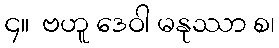
၄။  ဗဟူ ဒေဝါ မနုဿာ စ၊